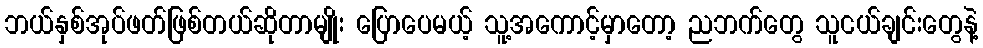
ဘယ်နှစ်အုပ်ဖတ်ဖြစ်တယ်ဆိုတာမျိုး ပြောပေမယ့် သူ့အကောင့်မှာတော့ ညဘက်တွေ သူငယ်ချင်းတွေနဲ့